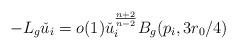
LaTeX: \begin{align*}-L_g \check u_i = o(1) \check u_i^{\frac{n+2}{n-2}} B_g(p_i,3r_0/4)\end{align*}